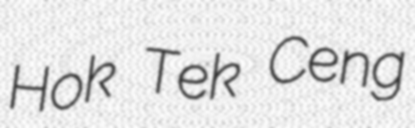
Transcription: Hok Tek Ceng